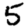
Digit: 5